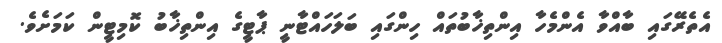
އެތެރޭގައި ބާއްވާ އެންމެހާ އިންތިޚާބުތައް ހިންގައި ބަލަހައްޓާނީ ޕާޓީގެ އިންތިޚާބު ކޮމިޓީން ކަމަށެވެ.